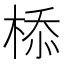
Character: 㮇